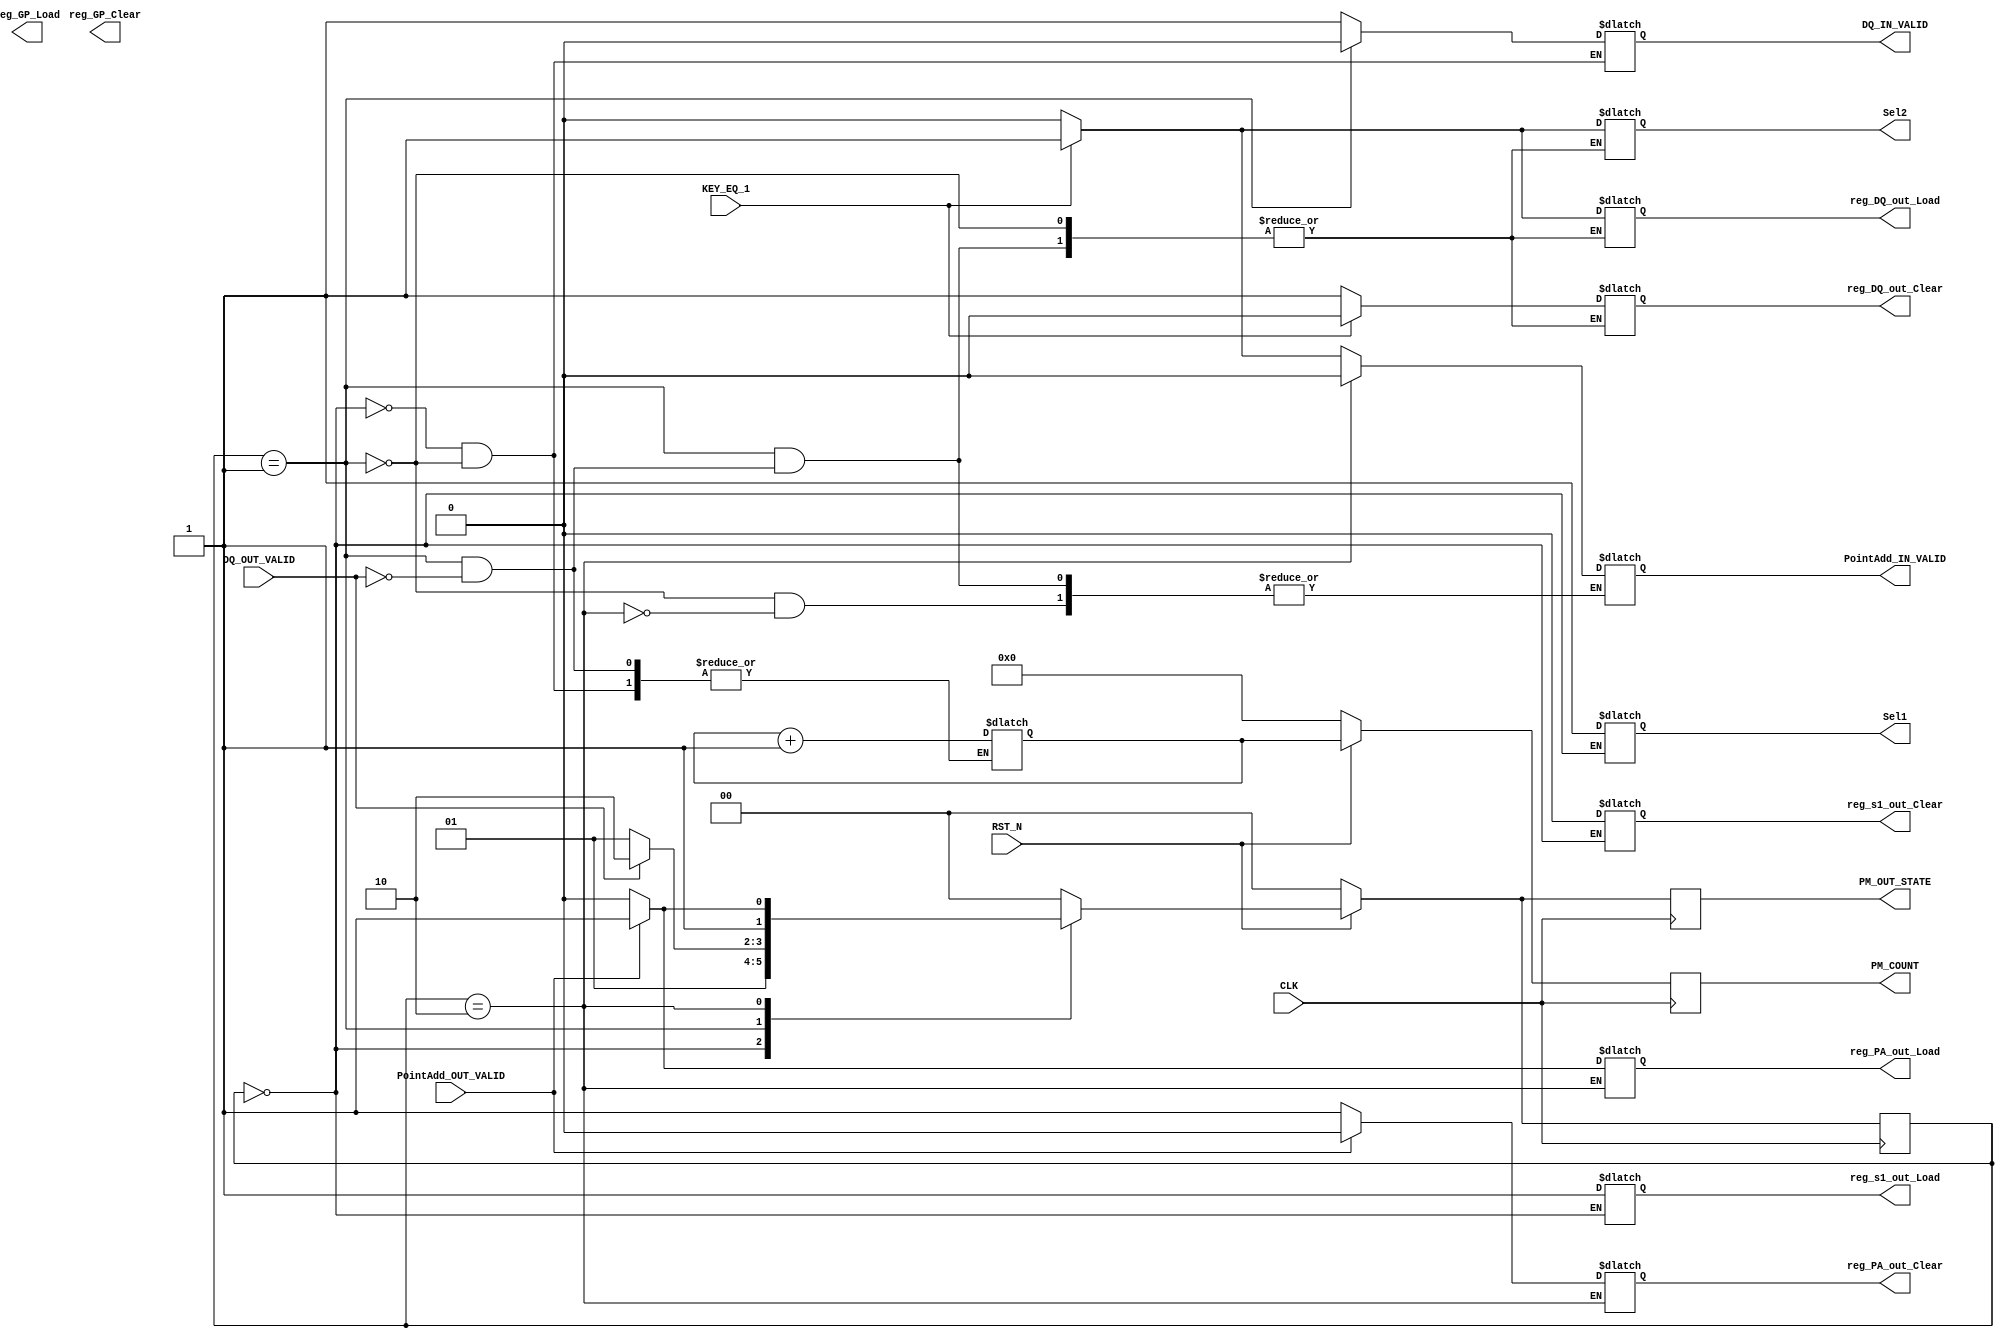
`timescale 1ns / 1ps
//////////////////////////////////////////////////////////////////////////////////
// Company: 
// Engineer: 
// 
// Design Name: 
// Module Name:    PointMult_FSM 
// Project Name: 
// Target Devices: 
// Tool versions: 
// Description: 
//
// Dependencies: 
//
// Revision: 
// Revision 0.01 - File Created
// Additional Comments: 
//
//////////////////////////////////////////////////////////////////////////////////
module ARS_PointMult_FSM(
					CLK,
					RST_N,
					KEY_EQ_1,
					Sel1,
					Sel2,
					reg_s1_out_Load,
					reg_s1_out_Clear,
					reg_GP_Load,
					reg_GP_Clear,
					reg_DQ_out_Load,
					reg_DQ_out_Clear,
					reg_PA_out_Load,
					reg_PA_out_Clear,
					DQ_IN_VALID,
					DQ_OUT_VALID,
					PointAdd_IN_VALID,
					PointAdd_OUT_VALID,
					PM_COUNT,
					PM_OUT_STATE
					);
					
input CLK, RST_N, KEY_EQ_1;
output Sel1, Sel2;
output reg_s1_out_Load, reg_s1_out_Clear, reg_GP_Load, reg_GP_Clear;
output reg_DQ_out_Load, reg_DQ_out_Clear, reg_PA_out_Load, reg_PA_out_Clear;
output DQ_IN_VALID, PointAdd_IN_VALID;
input DQ_OUT_VALID, PointAdd_OUT_VALID;
output [7 : 0] PM_COUNT;  //233 times

reg Sel1, Sel2;
reg reg_s1_out_Load, reg_s1_out_Clear, reg_GP_Load, reg_GP_Clear;
reg reg_DQ_out_Load, reg_DQ_out_Clear, reg_PA_out_Load, reg_PA_out_Clear;
reg DQ_IN_VALID, PointAdd_IN_VALID;
reg [7 : 0] PM_COUNT;  //233 times					


output [1 : 0] PM_OUT_STATE;
reg [1 : 0] PM_OUT_STATE;

reg [1 : 0] cState, nState;
reg [7 : 0] PM_COUNT_temp = 0;

always @(posedge CLK)
	if(!RST_N)
		begin
//		Sel1 = 1;
//		PM_COUNT_temp <= 8'b00000000;
		PM_COUNT <= 8'b00000000;
		cState = 0;
		PM_OUT_STATE = 0;
		end
	else
		begin
		cState = nState;
		PM_OUT_STATE = cState;
		PM_COUNT <= PM_COUNT_temp;
		end

always @(cState)
	case(cState)
		2'b00 : begin //initial state
				Sel1 = 1;
				reg_s1_out_Load = 1;
				reg_s1_out_Clear = 0;
				DQ_IN_VALID = 1;
				PM_COUNT_temp <= PM_COUNT_temp + 8'b00000001;
				nState = 2'b01;
				end
		
		2'b01 : begin //double point
				if(DQ_OUT_VALID)
				begin
						DQ_IN_VALID = 0;	
						if(KEY_EQ_1)
							begin
							Sel2 = 1;   
							reg_DQ_out_Load = 1;
							reg_DQ_out_Clear = 0;	
							PointAdd_IN_VALID = 1;
							end
						else
							begin
							Sel2 = 0;   
							reg_DQ_out_Load = 0;
							reg_DQ_out_Clear = 1;	
							PointAdd_IN_VALID = 0;
							end
						
						PM_COUNT_temp <= PM_COUNT_temp + 8'b00000001;	
						nState = 2'b10;
				end
				else
					begin
					DQ_IN_VALID = 0;
					nState = 2'b01;
					end

				end
		2'b10 : begin //Add Point
				if(PointAdd_OUT_VALID)
					begin
					PointAdd_IN_VALID = 0;
					reg_PA_out_Load = 1;
					reg_PA_out_Clear = 0;
					nState = 2'b11;
					end
				else
					begin
					PointAdd_IN_VALID = 0;
					reg_PA_out_Load = 0;
					reg_PA_out_Clear = 1;
					nState = 2'b10;
					end
				end
		default : begin
					nState = 2'b00;

				  end
		endcase
endmodule